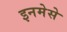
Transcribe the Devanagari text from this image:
इनमेसे